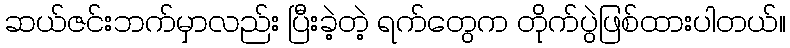
ဆယ်ဇင်းဘက်မှာလည်း ပြီးခဲ့တဲ့ ရက်တွေက တိုက်ပွဲဖြစ်ထားပါတယ်။